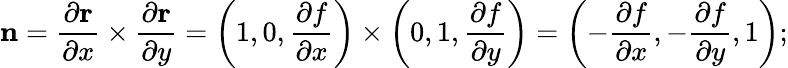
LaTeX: \mathbf{n}={\frac{\partial\mathbf{r}}{\partial x}}\times{\frac{\partial\mathbf{r}}{\partial y}}=\left(1,0,{\frac{\partial f}{\partial x}}\right)\times\left(0,1,{\frac{\partial f}{\partial y}}\right)=\left(-{\frac{\partial f}{\partial x}},-{\frac{\partial f}{\partial y}},1\right);